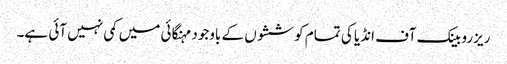
ریزرو بینک آف انڈیا کی تمام کوششوں کے باوجود مہنگائی میں کمی نہیں آئی ہے۔